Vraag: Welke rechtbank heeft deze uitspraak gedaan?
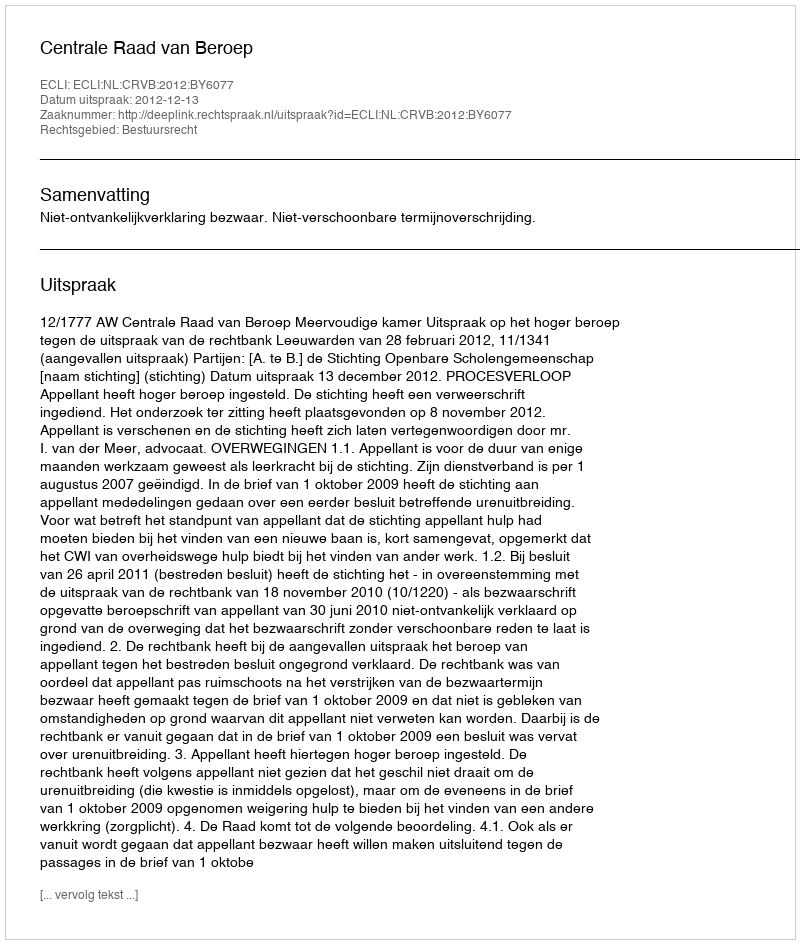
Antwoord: Centrale Raad van Beroep